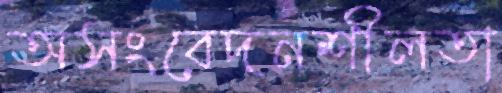
অসংবেদনশীলতা